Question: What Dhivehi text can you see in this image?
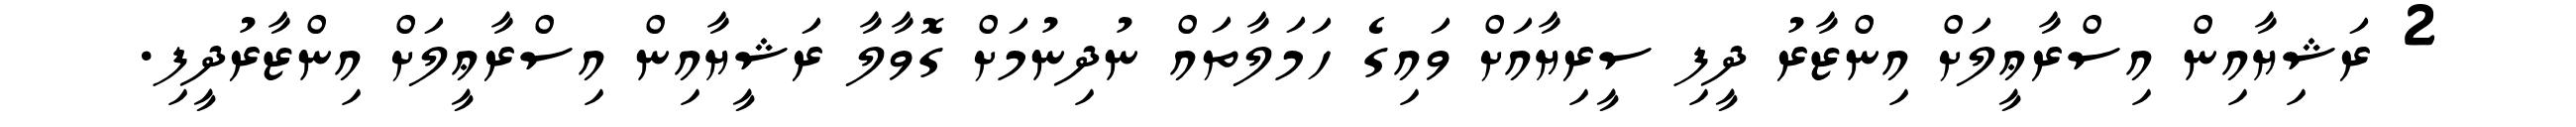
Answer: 2 ރަޝިޔާއިން އިސްރާޢީލަށް އިންޒާރު ދީފި ސީރިޔާއަށް ވައިގެ ހަމަލާތައް ނުދިނުމަށް ގޮވާލާ ރަޝީޔާއިން އިސްރާޢީލަށް އިންޒާރުދީފި.